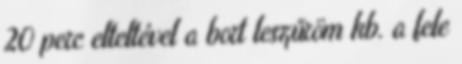
20 perc elteltével a bort leszűröm kb. a fele